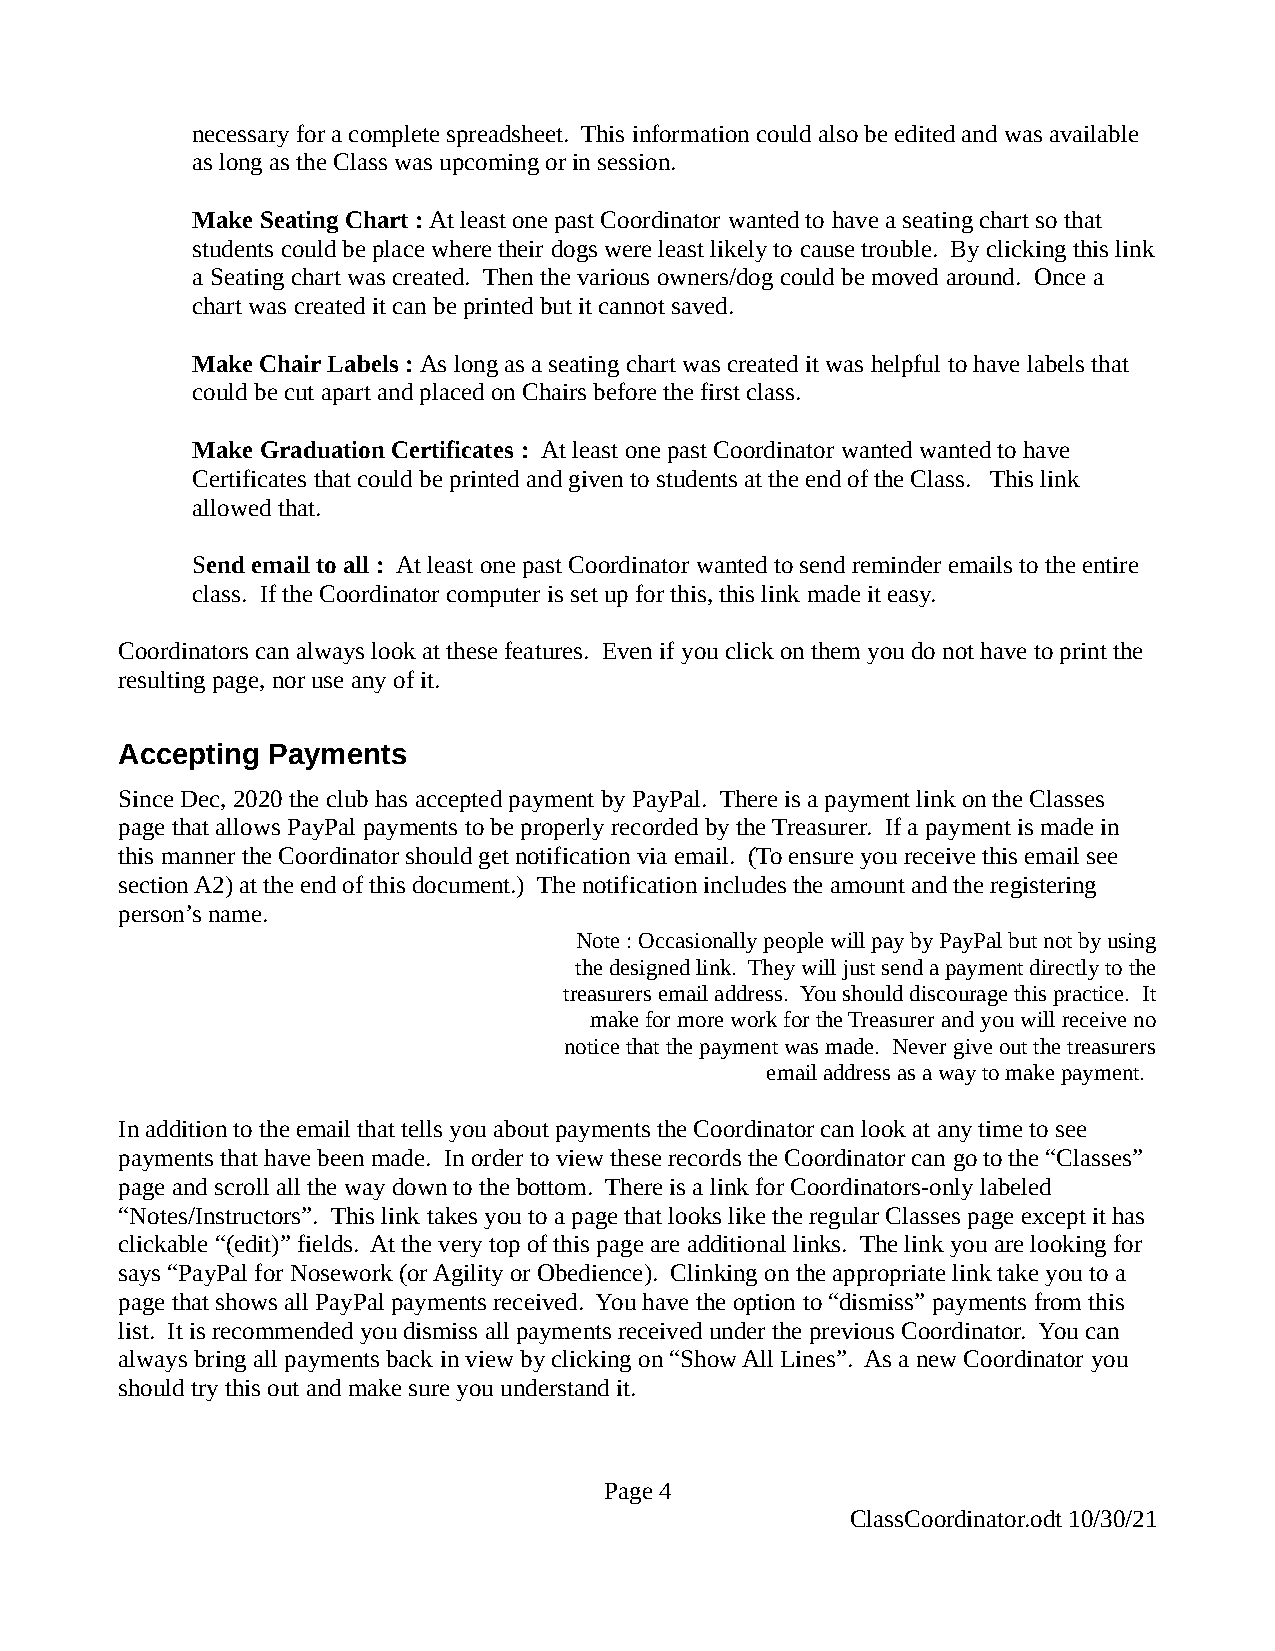
necessary for a complete spreadsheet. This information could also be edited and was available
 as long as the Class was upcoming or in session.
 Make Seating Chart : At least one past Coordinator wanted to have a seating chart so that
 students could be place where their dogs were least likely to cause trouble. By clicking this link
 a Seating chart was created. Then the various owners/dog could be moved around. Once a
 chart was created it can be printed but it cannot saved.
 Make Chair Labels : As long as a seating chart was created it was helpful to have labels that
 could be cut apart and placed on Chairs before the first class.
 Make Graduation Certificates : At least one past Coordinator wanted wanted to have
 Certificates that could be printed and given to students at the end of the Class. This link
 allowed that.
 Send email to all : At least one past Coordinator wanted to send reminder emails to the entire
 class. If the Coordinator computer is set up for this, this link made it easy.
 Coordinators can always look at these features. Even if you click on them you do not have to print the
 resulting page, nor use any of it.
 Accepting Payments
 Since Dec, 2020 the club has accepted payment by PayPal. There is a payment link on the Classes
 page that allows PayPal payments to be properly recorded by the Treasurer. If a payment is made in
 this manner the Coordinator should get notification via email. (To ensure you receive this email see
 section A2) at the end of this document.) The notification includes the amount and the registering
 person’s name.
 Note : Occasionally people will pay by PayPal but not by using
 the designed link. They will just send a payment directly to the
 treasurers email address. You should discourage this practice. It
 make for more work for the Treasurer and you will receive no
 notice that the payment was made. Never give out the treasurers
 email address as a way to make payment.
 In addition to the email that tells you about payments the Coordinator can look at any time to see
 payments that have been made. In order to view these records the Coordinator can go to the “Classes”
 page and scroll all the way down to the bottom. There is a link for Coordinators-only labeled
 “Notes/Instructors”. This link takes you to a page that looks like the regular Classes page except it has
 clickable “(edit)” fields. At the very top of this page are additional links. The link you are looking for
 says “PayPal for Nosework (or Agility or Obedience). Clinking on the appropriate link take you to a
 page that shows all PayPal payments received. You have the option to “dismiss” payments from this
 list. It is recommended you dismiss all payments received under the previous Coordinator. You can
 always bring all payments back in view by clicking on “Show All Lines”. As a new Coordinator you
 should try this out and make sure you understand it.
 Page 4
 ClassCoordinator.odt 10/30/21